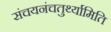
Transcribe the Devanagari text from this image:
संचयनंचतुर्थ्यामिति